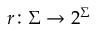
r \colon \Sigma \rightarrow 2 ^ { \Sigma }